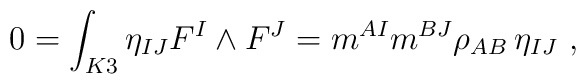
0 =  \int_{K3} \eta_{IJ} F^I \wedge F^J = m^{AI} m^{BJ}  \rho_{AB} \, \eta_{IJ} \ ,